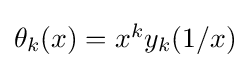
{\textstyle \theta _{k}(x)=x^{k}y_{k}(1/x)}